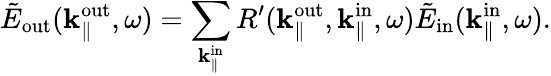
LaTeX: \tilde{E}_{\mathrm{out}}({\mathbf k}_{\parallel}^{\mathrm{out}},\omega)=\sum_{{\mathbf k}_{\parallel}^{\mathrm{in}}}R^{\prime}({\mathbf k}_{\parallel}^{\mathrm{out}},{\mathbf k}_{\parallel}^{\mathrm{in}},\omega)\tilde{E}_{\mathrm{in}}(\mathbf k_{\parallel}^{\mathrm{in}},\omega).